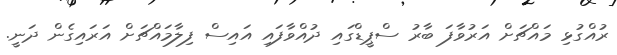
ރުއްގުޅި މައްޗަށް އަރުވާފަ ބާރު ސްޕީޑްގައި ދުއްވާފައި އައިސް ފިލާމައްޗަށް އަރައިގެން ދަނީ.